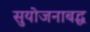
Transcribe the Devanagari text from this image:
सुयोजनाबद्ध